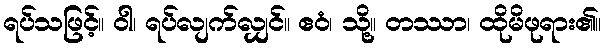
ရပ်သဖြင့်။ ဝါ၊ ရပ်လျက်လျှင်။ ဧဝံ၊ သို့။ တဿာ၊ ထိုမိဖုရား၏။